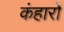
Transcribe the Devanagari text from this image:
कंहारों